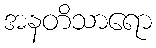
အနတိသာရော